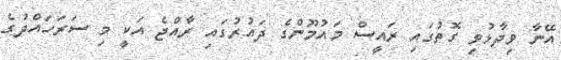
އޭނާ ވިދާޅުވި ގޮތުގައި ރައީސް މައުމޫންގެ ދައުރުގައި ރާއްޖެ އަކީ މި ސަރަހައްދުގެ